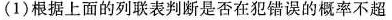
(1)根据上面的列联表判断是否在犯错误的概率不超